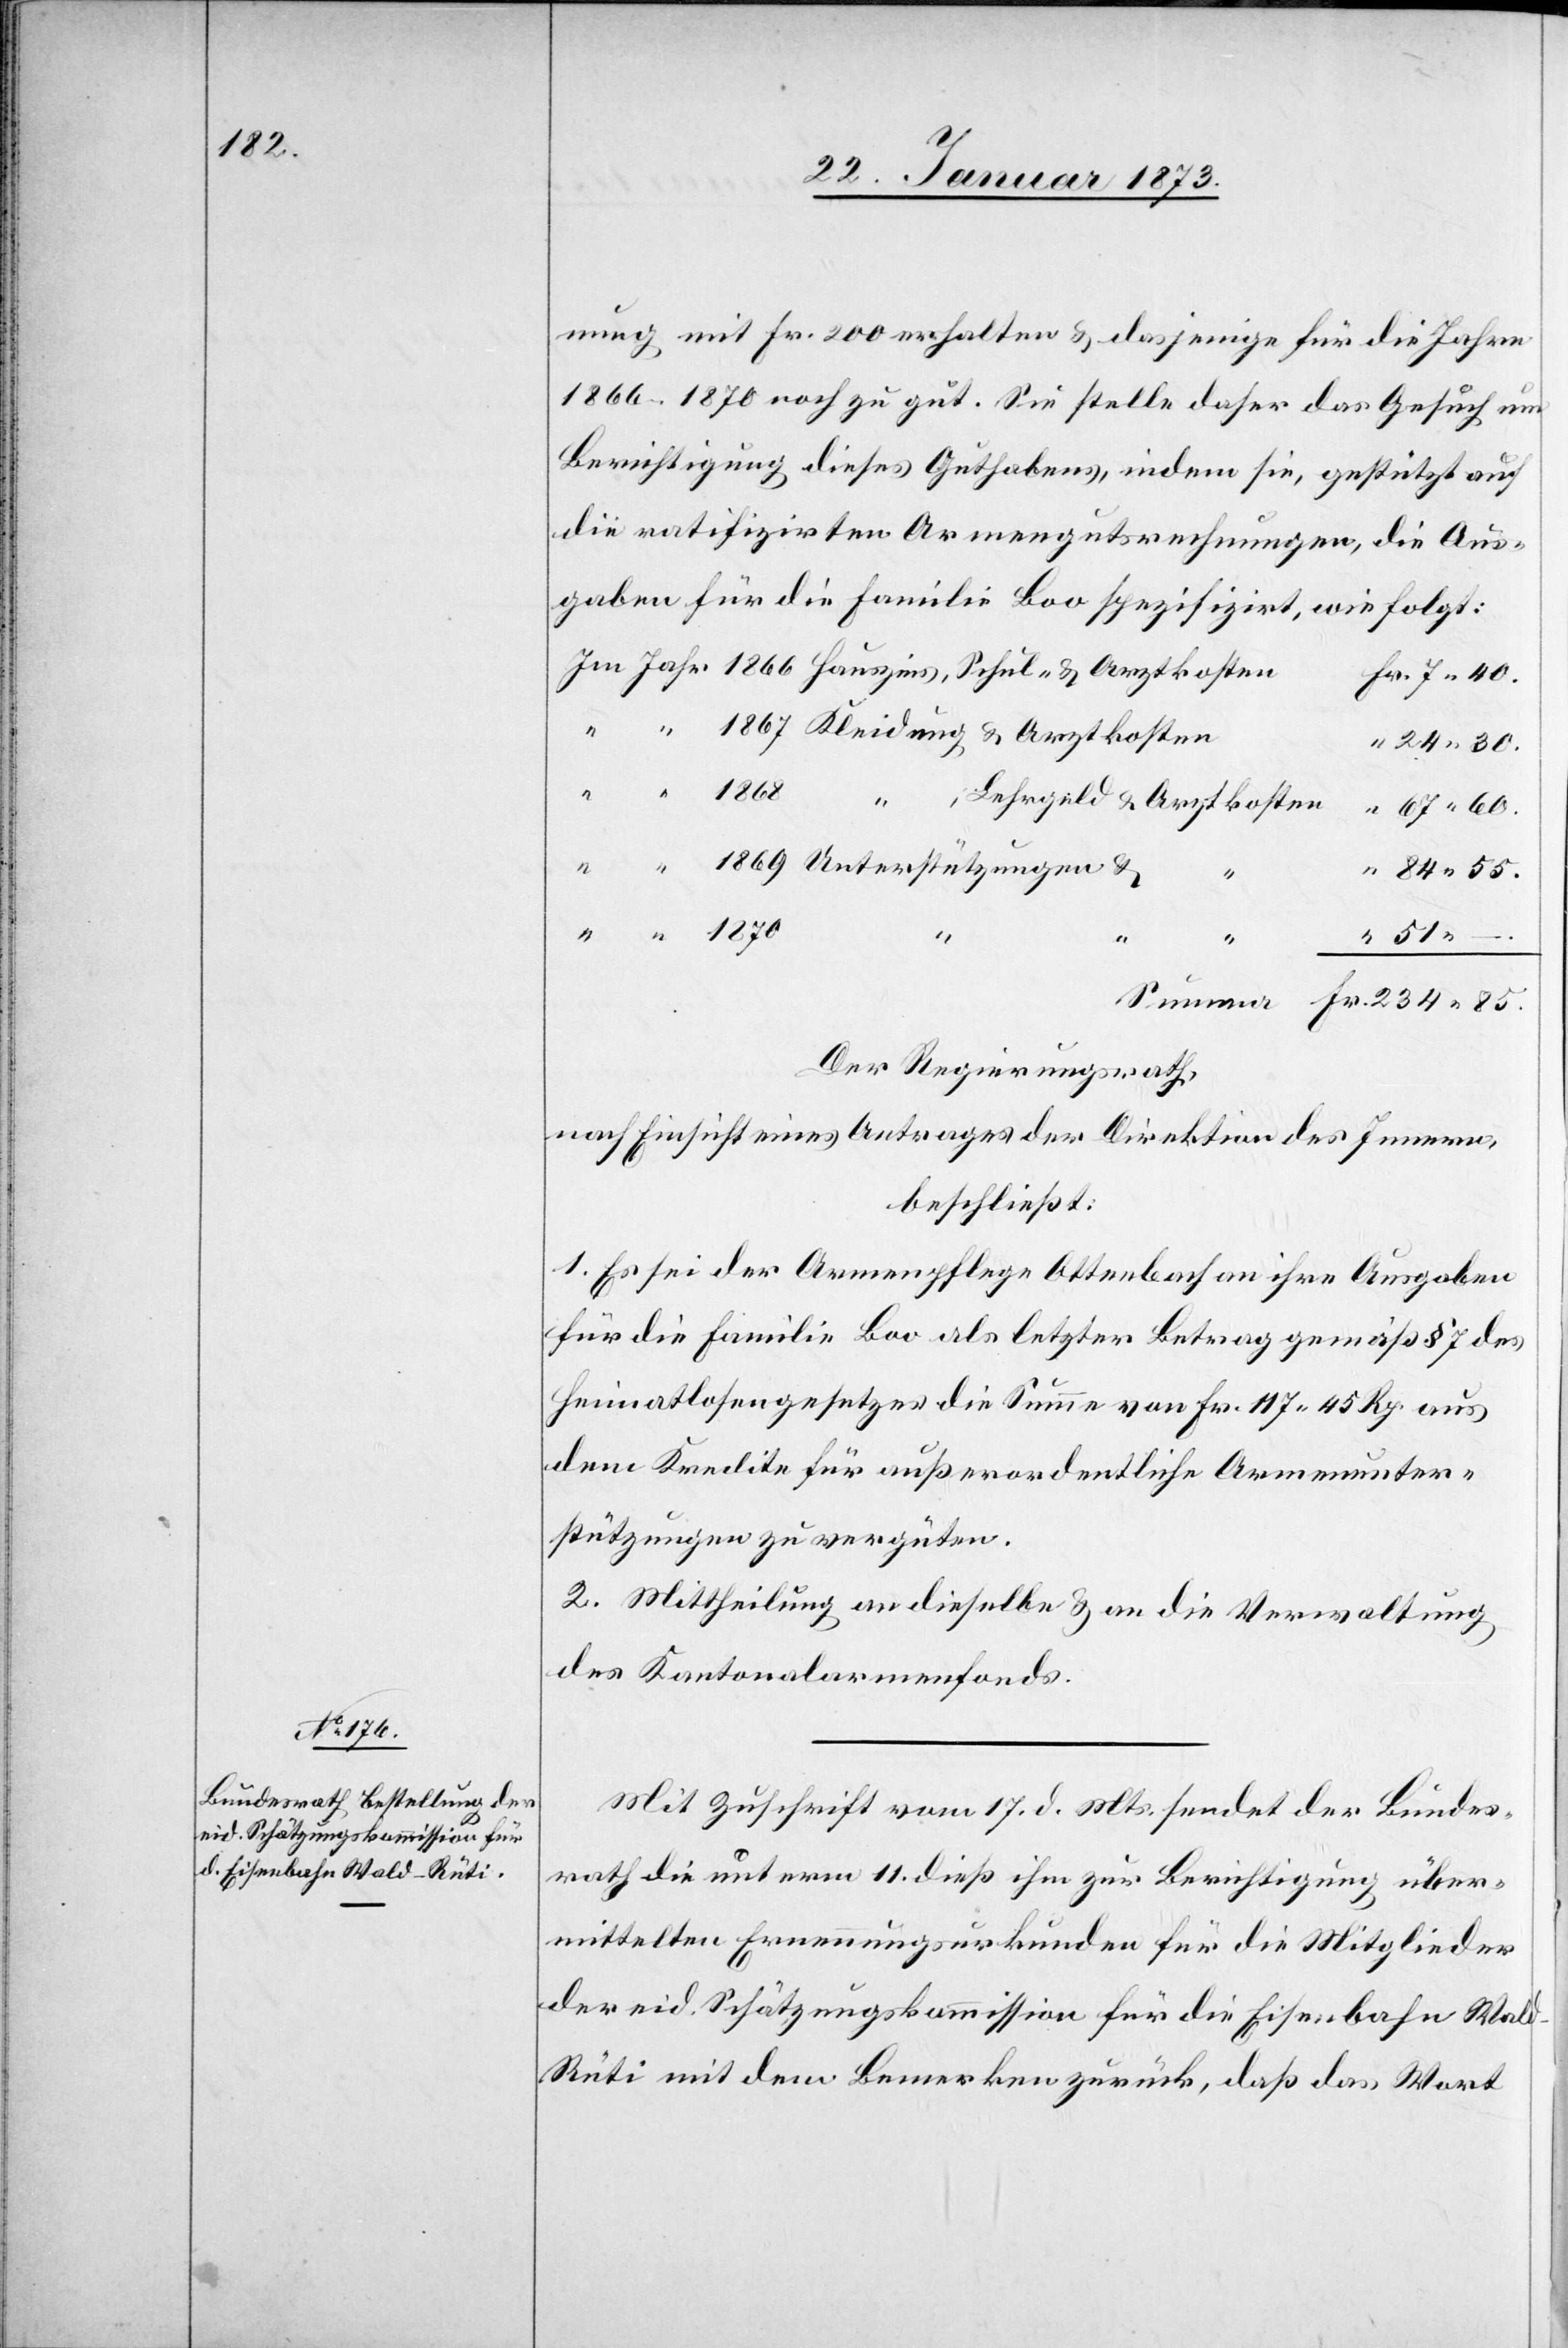
nung mit Fr. 200 erhalten u. dasjenige für die Jahre
1866–1870 noch zu gut. Sie stelle daher das Gesuch um
Berichtigung dieses Guthabens, indem sie, gestützt auf
die ratifizirten Armengutsrechnungen, die Aus¬
gaben für die Familie Boo spezifizirt, wie folgt:
Im Jahr 1866 Hauszins, Schul- u. Arztkoste¬
n	Fr. 7.40.
“ “ 1867 Kleidung u. Arztkosten
“ 24.30.
“ “ 1868 “ , Lehrgeld u. Arztkosten	 “ 67.60.
“ “ 1869 Unterstützungen u.
“ 84.55.
–.
51.
Summa Fr. 234.85.
Der Regierungsrath,
nach Einsicht eines Antrages der Direktion des Innern,
beschließt:
1. Es sei der Armenpflege Ottenbach an ihre Ausgaben
für die Familie Boo als letzter Betrag gemäß § 7 des
Heimatlosengesetzes die Summe von Fr. 117. 45 Rp. aus
dem Kredite für außerordentliche Armenunter¬
stützungen zu vergüten.
2. Mittheilung an dieselbe u. an die Verwaltung
des Kantonalarmenfonds.
Mit Zuschrift vom 17. d. Mts. sendet der Bundes¬
rath die unterm 11. dieß ihm zur Berichtigung über¬
mittelten Ernennungsurkunden für die Mitglieder
der eid. Schätzungskommission für die Eisenbahn Wal¬
d–Rüti mit dem Bemerken zurück, daß das Wort